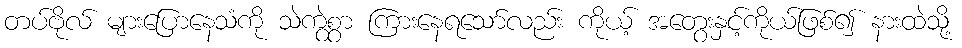
တပ်ဗိုလ် များပြောနေသံကို သဲကွဲစွာ ကြားနေရသော်လည်း ကိုယ့် အတွေးနှင့်ကိုယ်ဖြစ်၍ နားထဲသို့